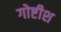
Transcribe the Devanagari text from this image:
गोष्टीश